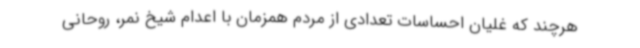
هرچند که غلیان احساسات تعدادی از مردم همزمان با اعدام شیخ نمر، روحانی